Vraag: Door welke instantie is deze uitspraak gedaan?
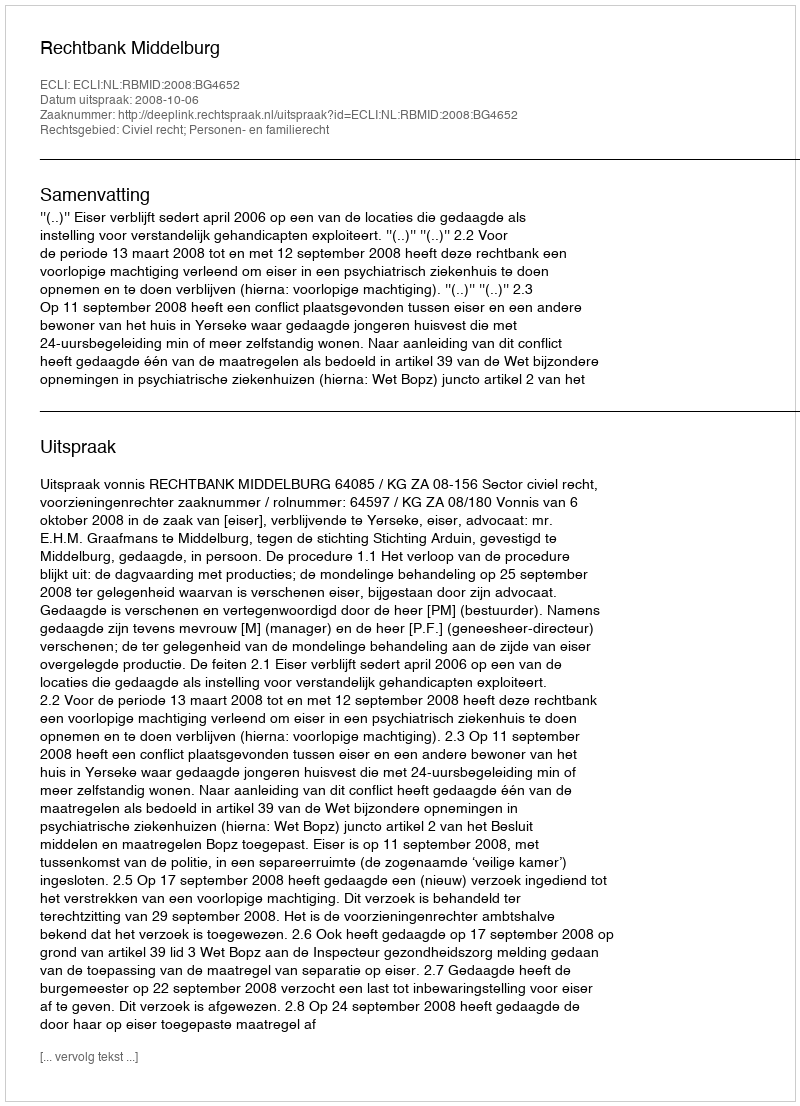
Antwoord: Rechtbank Middelburg